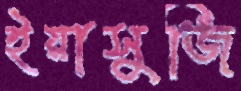
ইয়াসুজি